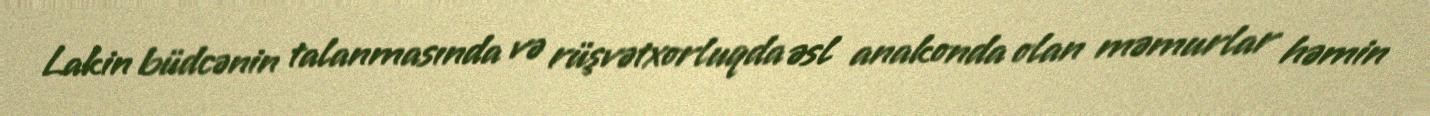
Lakin büdcənin talanmasında və rüşvətxorluqda əsl anakonda olan məmurlar həmin